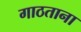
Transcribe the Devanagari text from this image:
गाठताना